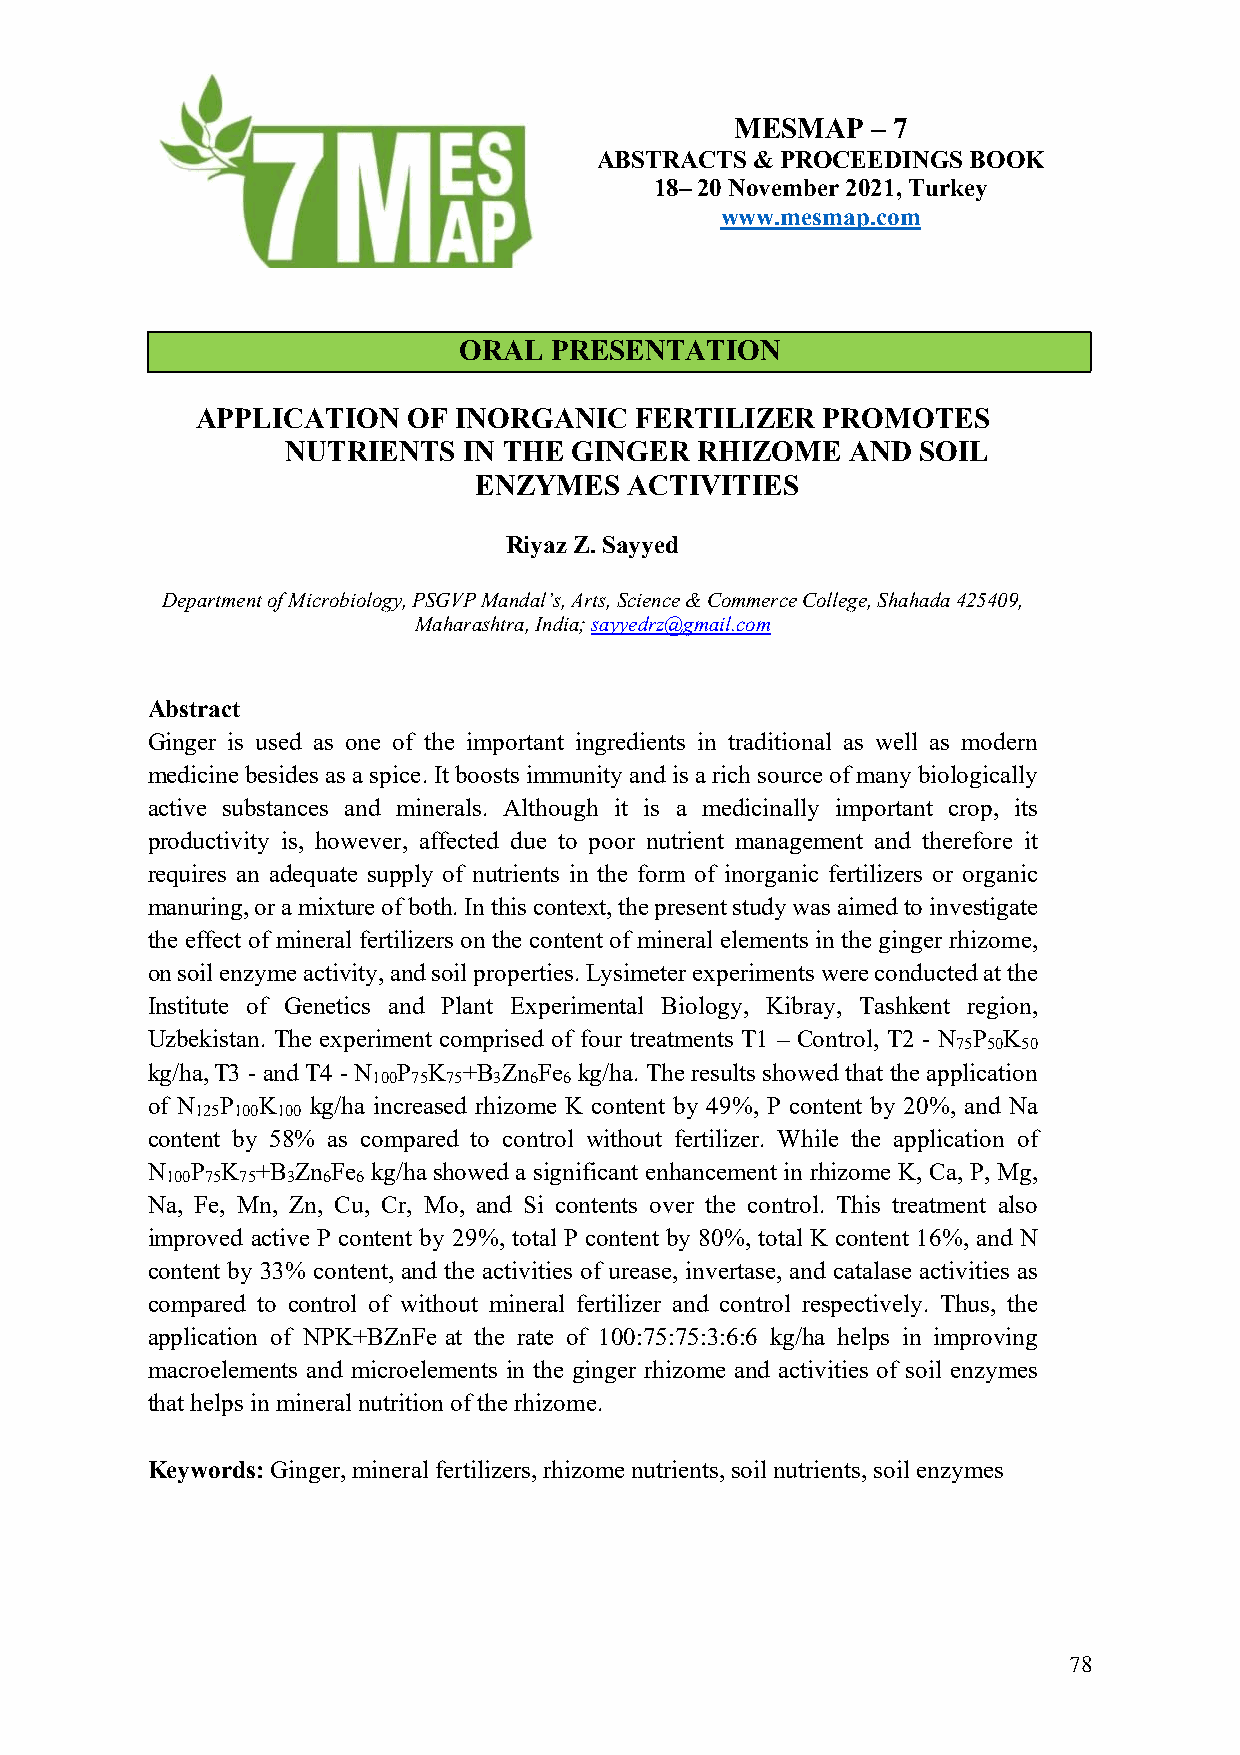
MESMAP   – 7
 ABSTRACTS  & PROCEEDINGS BOOK
 18– 20 November 2021, Turkey
 www.mesmap.com
 ORAL  PRESENTATION
 APPLICATION   OF INORGANIC   FERTILIZER  PROMOTES
 NUTRIENTS   IN THE GINGER  RHIZOME   AND  SOIL
 ENZYMES   ACTIVITIES
 Riyaz Z. Sayyed
 Department of Microbiology, PSGVP Mandal’s, Arts, Science & Commerce College, Shahada 425409,
 Maharashtra, India; sayyedrz@gmail.com
 Abstract
 Ginger is used as one of the important ingredients in traditional as well as modern
 medicine besides as a spice. It boosts immunity and is a rich source of many biologically
 active substances and minerals. Although it is a medicinally important crop, its
 productivity is, however, affected due to poor nutrient management and therefore it
 requires an adequate supply of nutrients in the form of inorganic fertilizers or organic
 manuring, or a mixture of both. In this context, the present study was aimed to investigate
 the effect of mineral fertilizers on the content of mineral elements in the ginger rhizome,
 on soil enzyme activity, and soil properties. Lysimeter experiments were conducted at the
 Institute of Genetics and Plant Experimental Biology, Kibray, Tashkent region,
 Uzbekistan. The experiment comprised of four treatments T1 – Control, T2 - N P K
 75 50 50
 kg/ha,T3 - and T4 - N P K +B Zn Fe kg/ha. The results showed that the application
 100 75 75 3 6 6
 of N P K  kg/ha increased rhizome K content by 49%, P content by 20%, and Na
 125 100 100
 content by 58% as compared to control without fertilizer. While the application of
 N  P K +B Zn Fe kg/ha showed a significant enhancement in rhizome K, Ca, P, Mg,
 100 75 75 3 6 6
 Na, Fe, Mn, Zn, Cu, Cr, Mo, and Si contents over the control. This treatment also
 improved active P content by 29%, total P content by 80%, total K content 16%, and N
 content by 33% content, and the activities of urease, invertase, and catalase activities as
 compared to control of without mineral fertilizer and control respectively. Thus, the
 application of NPK+BZnFe at the rate of 100:75:75:3:6:6 kg/ha helps in improving
 macroelements and microelements in the ginger rhizome and activities of soil enzymes
 that helps in mineral nutrition of the rhizome.
 Keywords: Ginger, mineral fertilizers, rhizome nutrients, soil nutrients, soil enzymes
 78